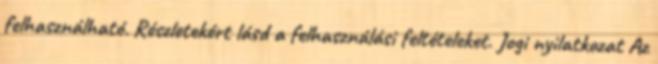
felhasználható. Részletekért lásd a felhasználási feltételeket. Jogi nyilatkozat Az